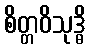
စိတ္တဝိသုဒ္ဓိ